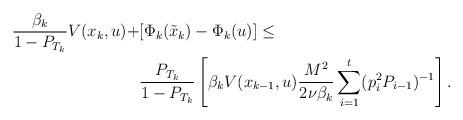
LaTeX: \begin{align*}\frac{\beta_k}{1-P_{T_k}} V(x_k, u) + & [\Phi_k(\tilde x_k) - \Phi_k(u) ] \le\\& \frac{P_{T_k}}{1-P_{T_k}}\left[\beta_k V(x_{k-1}, u) \frac{M^2 }{2\nu \beta_k} \sum_{i=1}^t (p_i^2 P_{i-1})^{-1}\right].\end{align*}